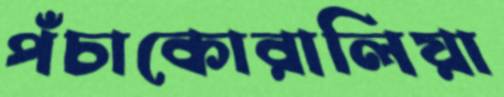
পঁচাকোরালিয়া